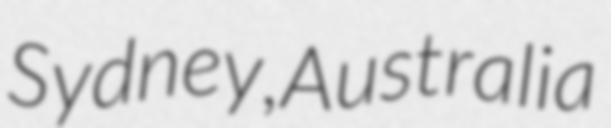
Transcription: Sydney, Australia